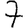
Digit: 7